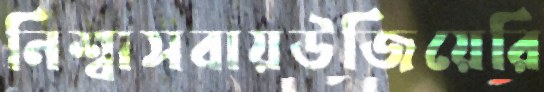
নিশ্বাসবায়উজিয়েরি